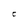
Character: C